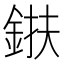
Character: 𨦶